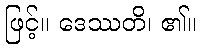
ဖြင့်။ ဒေဿတိ၊ ၏။